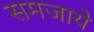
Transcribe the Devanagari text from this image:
समजाये